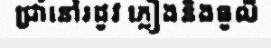
ជ្រាំនៅរដូវ ភ្លៀងនិងធូលី